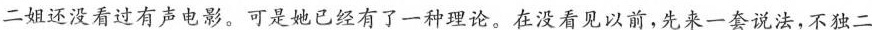
二姐还没看过有声电影。可是她已经有了一种理论。在没看见以前，先来一套说法，不独二